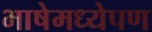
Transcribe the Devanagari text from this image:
भाषेमध्येपण